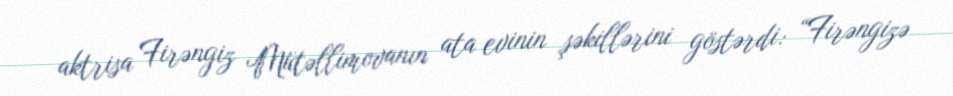
aktrisa Firəngiz Mütəllimovanın ata evinin şəkillərini göstərdi: “Firəngizə